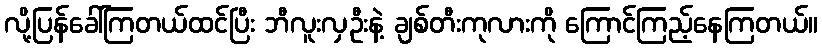
လို့ပြန်ခေါ်ကြတယ်ထင်ပြီး ဘီလူးလှဦးနဲ့ ချစ်တီးကုလားကို ကြောင်ကြည့်နေကြတယ်။